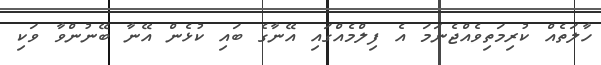
ހާލަތެއް ކުރިމަތިވެއްޖެނަމަ އެ ފިލްމެއްގައި އޭނާގެ ބައި ކުޅެން އޭނާ ބޭނުންވާ ވަކި